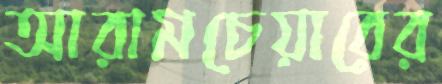
আরামচেয়ারের